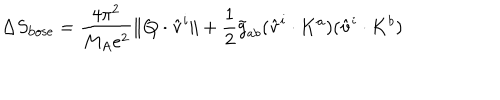
\Delta S _ { \mathrm { b o s e } } = \frac { 4 \pi ^ { 2 } } { M _ { A } e ^ { 2 } } \| { \bf Q } \cdot \hat { \bf v } ^ { i } \| + \frac { 1 } { 2 } \tilde { g } _ { a b } ( \hat { \bf v } ^ { i } \cdot { \bf K } ^ { a } ) ( \hat { \bf v } ^ { i } \cdot { \bf K } ^ { b } )